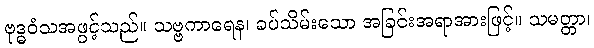
ဗုဒ္ဓဝံသအဖွင့်သည်။ သဗ္ဗကာရေန၊ ခပ်သိမ်းသော အခြင်းအရာအားဖြင့်။ သမတ္တာ၊